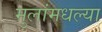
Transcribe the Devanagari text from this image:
मुलांमधल्या